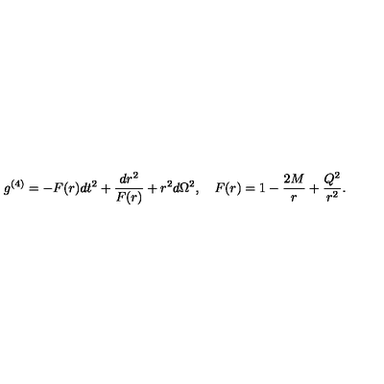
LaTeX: g ^ { ( 4 ) } = - F ( r ) d t ^ { 2 } + \frac { d r ^ { 2 } } { F ( r ) } + r ^ { 2 } d \Omega ^ { 2 } , \quad F ( r ) = 1 - \frac { 2 M } { r } + \frac { { Q } ^ { 2 } } { r ^ { 2 } } .